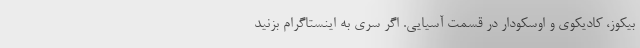
بیکوز، کادیکوی و اوسکودار در قسمت آسیایی. اگر سری به اینستاگرام بزنید